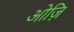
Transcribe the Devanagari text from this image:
ओज़ि